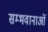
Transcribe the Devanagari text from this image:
सम्भवानाओं